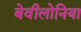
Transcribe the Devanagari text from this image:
बेवीलोनिया